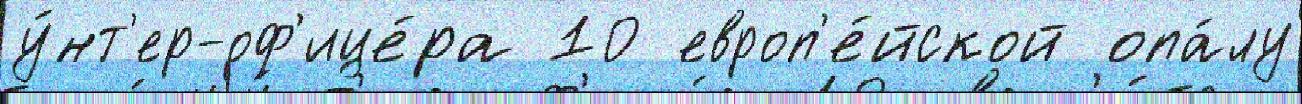
у́нт'ер-оф'ице́ра 10 европ'е́йской опа́лу